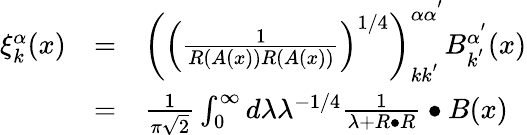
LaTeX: \begin{array}{ccl}{{\xi_{k}^{\alpha}(x)}}&{{=}}&{{\left(\left(\frac 1{R\left(A(x)\right)R\left(A(x)\right)}\right)^{1/4}\right)_{kk^{^{\prime}}}^{\alpha\alpha^{^{\prime}}}B_{k^{^{\prime}}}^{\alpha^{^{\prime}}}(x)}}\\ {{}}&{{=}}&{{\frac 1{\pi\sqrt{2}}\int_{0}^{\infty}d\lambda\lambda^{-1/4}\frac 1{\lambda+R\bullet R}\bullet B(x)}}\end{array}